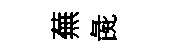
蕪彘